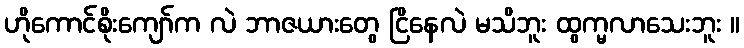
ဟိုကောင်စိုးကျော်က လဲ ဘာဇယားတွေ ငြိနေလဲ မသိဘူး ထွက္မလာသေးဘူး ။